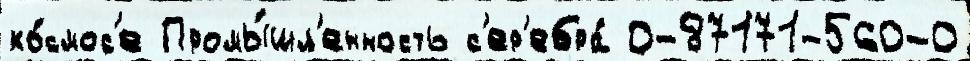
ко́смос'е Промы́шл'енность с'ер'ебра́ 0-87171-560-0